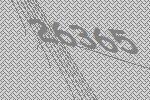
26365